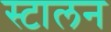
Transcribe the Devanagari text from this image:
स्टालन